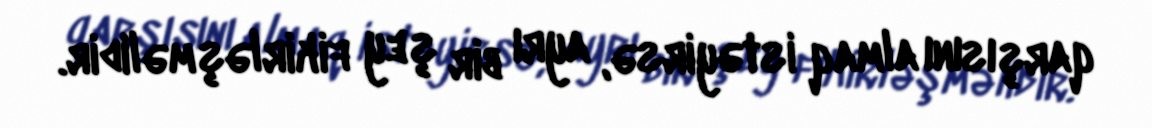
qarşısını almaq istəyirsə, ayrı bir şey fikirləşməlidir.